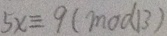
5 x \equiv 9 ( m o d 1 3 )